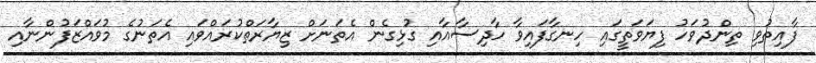
ފާއިތުވި ތިންދުވަހު ފިޔަވަތީގައި ހިނގާފައިވާ ހާދިސާއާއި ގުޅިގެން އެތަނަށް ޒިޔާރަތްކުރައްވައި އެތަނުގެ މުވައްޒަފުންނާއި